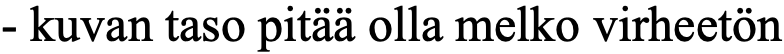
- kuvan taso pitää olla melko virheetön